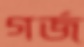
গর্জ্‌